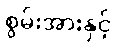
စွမ်းအားနှင့်